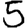
Digit: 5